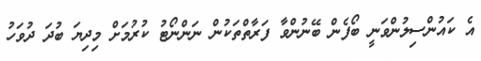
އެ ކައުންސިލުންވަނީ ބޯފެން ބޭނުންވާ ފަރާތްތަކުން ނަންނޯޓު ކުރުމަށް މިދިޔަ ބުދަ ދުވަހު